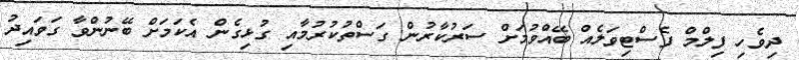
ދިވެހި ފިލްމް ފެސްޓިވަލެއް ބޭއްވުމަށް ސަރުކާރުން ގަސްތުކުރުމާއި ގުޅިގެން އެކަމަށް ބޭނުންވާ ގަވައިދު